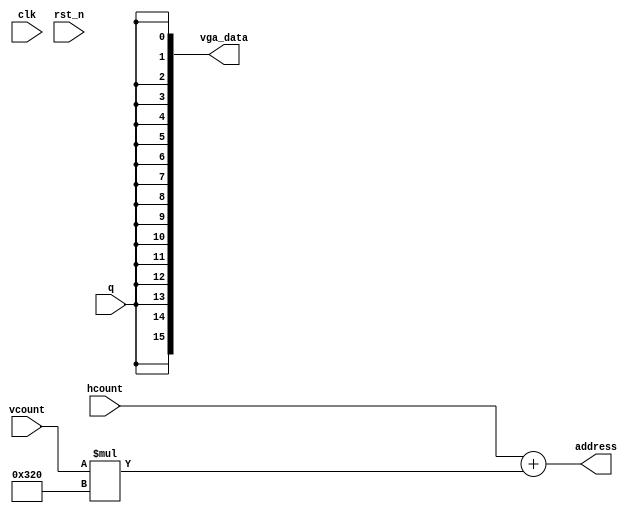
module tft_display(
							input clk,
							input rst_n,
							
							input [10:0]	hcount,
							input [10:0]	vcount,
							
							input 			q,
							
							output [15:0]	vga_data,
							
							output [18:0]  address
);	


	
`define RED      24'hff0000
`define GREEN    24'h00ff00
`define BLUE     24'h0000ff
`define WHITE    24'hffffff
`define BLACK    24'h000000
`define YELLOW   24'hffff00
`define CYAN     24'hff00ff
`define ROYAL    24'h00ffff


assign address =  hcount[10:0] + vcount[10:0]*800;
assign vga_data = {q,q,q,q,q,q,q,q,q,q,q,q,q,q,q,q};

	
endmodule